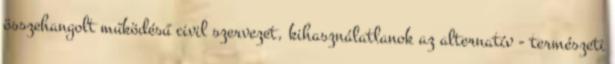
összehangolt működésű civil szervezet, kihasználatlanok az alternatív - természeti